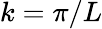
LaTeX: k=\pi/L